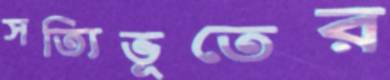
সত্যিভূতের